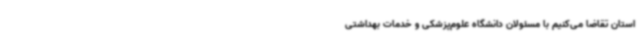
استان تقاضا می‌کنیم با مسئولان دانشگاه علوم‌پزشکی و خدمات بهداشتی